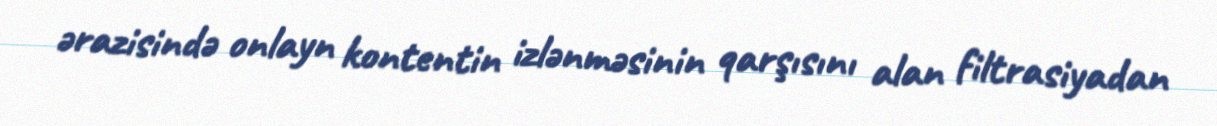
ərazisində onlayn kontentin izlənməsinin qarşısını alan filtrasiyadan